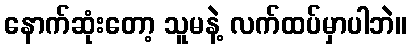
နောက်ဆုံးတော့ သူမနဲ့ လက်ထပ်မှာပါဘဲ။